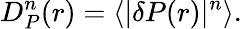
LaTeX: D_{P}^{n}(r)=\langle\lvert\delta P(r)\rvert^{n}\rangle.